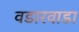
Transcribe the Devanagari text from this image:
वडारवाडा